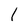
Character: 1